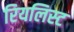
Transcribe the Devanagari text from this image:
रियलिस्ट